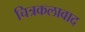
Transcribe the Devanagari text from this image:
चित्रकलावाद